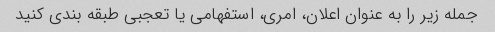
جمله زیر را به عنوان اعلان، امری، استفهامی یا تعجبی طبقه بندی کنید